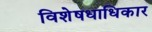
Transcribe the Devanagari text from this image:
विशेषधाधिकार